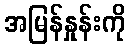
အမြန်နှုန်းကို